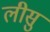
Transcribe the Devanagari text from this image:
लीसु